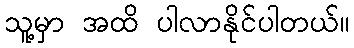
သူ့မှာ အထိ ပါလာနိုင်ပါတယ်။